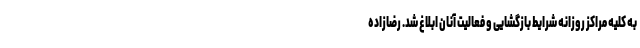
به کلیه مراکز روزانه شرایط بازگشایی و فعالیت آنان ابلاغ شد. رضازاده